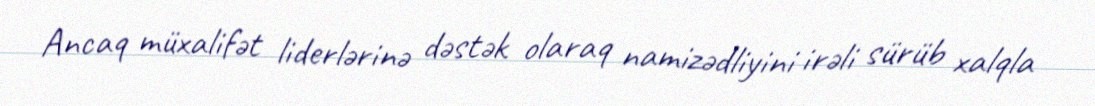
Ancaq müxalifət liderlərinə dəstək olaraq namizədliyini irəli sürüb xalqla